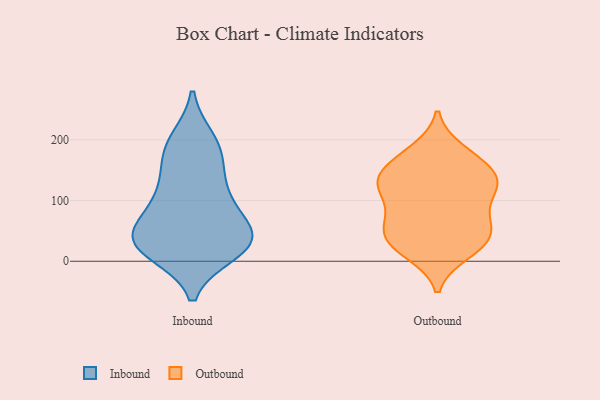
{"axis": {"x": "Temperature (°C)", "y": "Value"}, "legend": ["Inbound", "Outbound"], "data": [{"x": "", "y": 190, "type": "Inbound"}, {"x": "", "y": 177, "type": "Inbound"}, {"x": "", "y": 104, "type": "Inbound"}, {"x": "", "y": 47, "type": "Inbound"}, {"x": "", "y": 199, "type": "Inbound"}, {"x": "", "y": 38, "type": "Inbound"}, {"x": "", "y": 37, "type": "Inbound"}, {"x": "", "y": 149, "type": "Inbound"}, {"x": "", "y": 29, "type": "Inbound"}, {"x": "", "y": 24, "type": "Inbound"}, {"x": "", "y": 16, "type": "Inbound"}, {"x": "", "y": 28, "type": "Inbound"}, {"x": "", "y": 109, "type": "Inbound"}, {"x": "", "y": 95, "type": "Inbound"}, {"x": "", "y": 49, "type": "Inbound"}, {"x": "", "y": 28, "type": "Outbound"}, {"x": "", "y": 41, "type": "Outbound"}, {"x": "", "y": 61, "type": "Outbound"}, {"x": "", "y": 131, "type": "Outbound"}, {"x": "", "y": 62, "type": "Outbound"}, {"x": "", "y": 48, "type": "Outbound"}, {"x": "", "y": 92, "type": "Outbound"}, {"x": "", "y": 15, "type": "Outbound"}, {"x": "", "y": 13, "type": "Outbound"}, {"x": "", "y": 120, "type": "Outbound"}, {"x": "", "y": 128, "type": "Outbound"}, {"x": "", "y": 126, "type": "Outbound"}, {"x": "", "y": 39, "type": "Outbound"}, {"x": "", "y": 136, "type": "Outbound"}, {"x": "", "y": 177, "type": "Outbound"}, {"x": "", "y": 155, "type": "Outbound"}, {"x": "", "y": 81, "type": "Outbound"}, {"x": "", "y": 183, "type": "Outbound"}, {"x": "", "y": 161, "type": "Outbound"}, {"x": "", "y": 124, "type": "Outbound"}]}